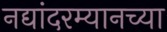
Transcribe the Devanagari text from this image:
नद्यांदरम्यानच्या